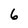
Character: 6